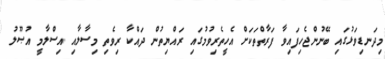
މިދަނޑިވަޅުގައި ބޭނުންޖެހިފައިވާ ފަރާތްތަކަށް އެހީތެރިވުމުގައި ރައްޔިތުން ދައްކާ ރިވެތި މިސާލާއި އިސްލާމީ އުޞޫލު